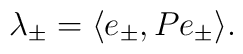
\lambda_\pm = \langle e_\pm,Pe_\pm \rangle.